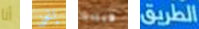
أنا إنحني فيبدو الطريق